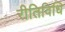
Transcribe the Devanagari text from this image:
रीतिविधि